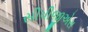
સીપીજીએસ